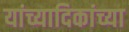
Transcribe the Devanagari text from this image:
यांच्यादिकांच्या